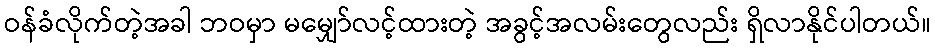
ဝန်ခံလိုက်တဲ့အခါ ဘဝမှာ မမျှော်လင့်ထားတဲ့ အခွင့်အလမ်းတွေလည်း ရှိလာနိုင်ပါတယ်။